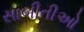
સાબીતીઓ